Civil Veterinary Department. Central Provinces & Berar 1932-41 - 1932-1941
Year: 1932
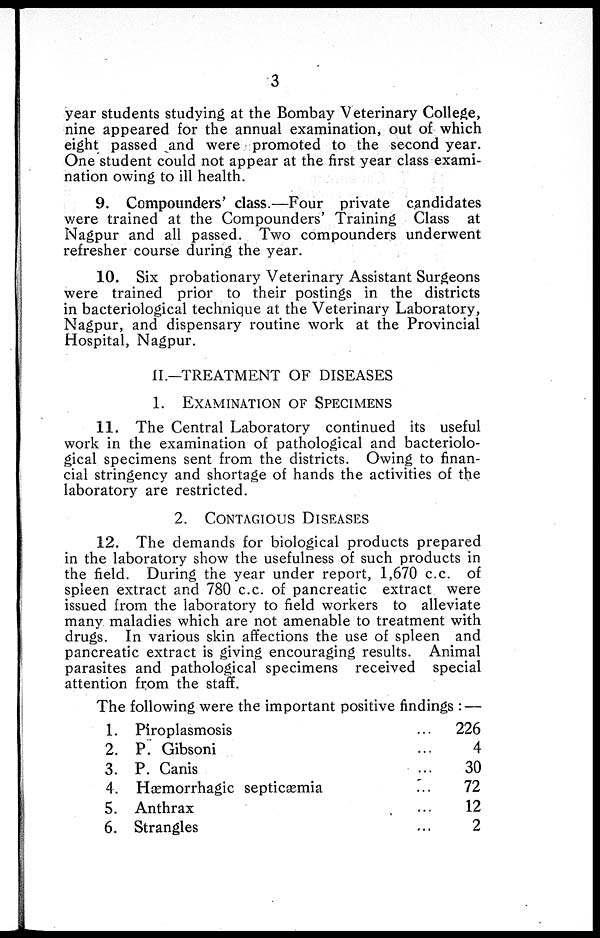
3
year students studying at the Bombay Veterinary College,
nine appeared for the annual examination, out of which
eight passed and were promoted to the second year.
One student could not appear at the first year class exami-
nation owing to ill health.
9. Compounders' class.—Four private candidates
were trained at the Compounders' Training Class at
Nagpur and all passed. Two compounders underwent
refresher course during the year.
10. Six probationary Veterinary Assistant Surgeons
were trained prior to their postings in the districts
in bacteriological technique at the Veterinary Laboratory,
Nagpur, and dispensary routine work at the Provincial
Hospital, Nagpur.
II.—TREATMENT OF DISEASES
1. EXAMINATION OF SPECIMENS
11. The Central Laboratory continued its useful
work in the examination of pathological and bacteriolo-
gical specimens sent from the districts. Owing to finan-
cial stringency and shortage of hands the activities of the
laboratory are restricted.
2.
CONTAGIOUS
DISEASES
12. The demands for biological products prepared
in the laboratory show the usefulness of such products in
the field. During the year under report, 1,670 c.c. of
spleen extract and 780 c.c. of pancreatic extract were
issued from the laboratory to field workers to alleviate
many maladies which are not amenable to treatment with
drugs. In various skin affections the use of spleen and
pancreatic extract is giving encouraging results. Animal
parasites and pathological specimens received special
attention from the staff.
The following were the important positive findings : —
1.
2.
3.
4.
5.
6.
Piroplasmosis
P. Gibsoni
P. Canis
Hæmorrhagic septicæmia
Anthrax
Strangles
...
...
...
...
...
...
226
4
30
72
12
2